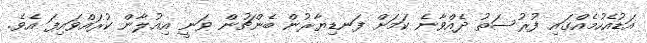
އަޑުއެހުމެއްގައި ފުރުސަތު ދެއްވާނެ ކަމަށް ފަނޑިޔާރުން ބެންޗުން ވަނީ އިއުލާން ކުރައްވައިފަ އެވެ.